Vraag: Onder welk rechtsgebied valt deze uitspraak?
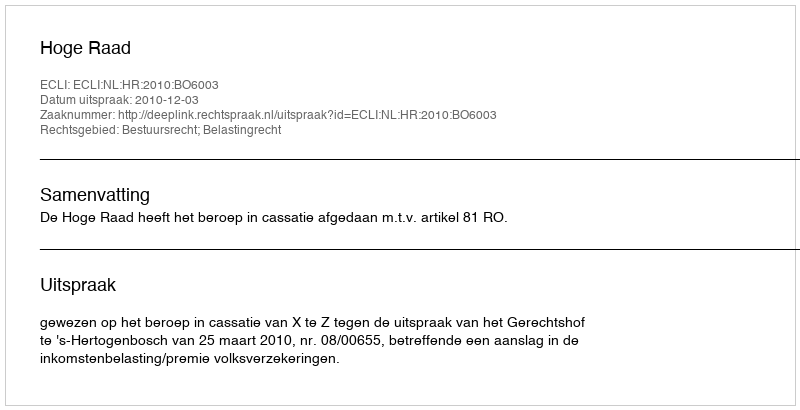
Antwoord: Bestuursrecht; Belastingrecht